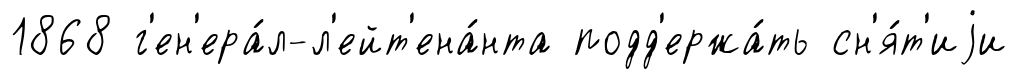
1868 г'ен'ера́л-л'ейт'ена́нта подд'ержа́ть сн'я́т'иjи